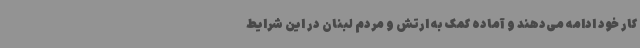
کار خود ادامه می‌دهند و آماده کمک به ارتش و مردم لبنان در این شرایط